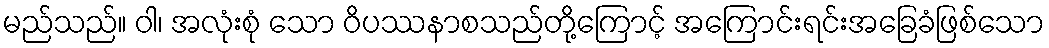
မည်သည်။ ဝါ၊ အလုံးစုံ သော ဝိပဿနာစသည်တို့ကြောင့် အကြောင်းရင်းအခြေခံဖြစ်သော